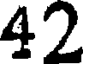
42